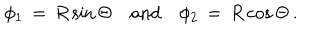
\phi _ { 1 } \, = \, R \sin \Theta \quad \mathrm { a n d } \quad \phi _ { 2 } \, = \, R \cos \Theta \, .